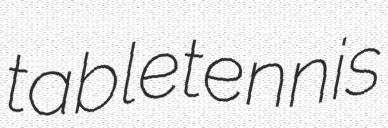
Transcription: table tennis